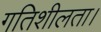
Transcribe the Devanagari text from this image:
गतिशीलता।